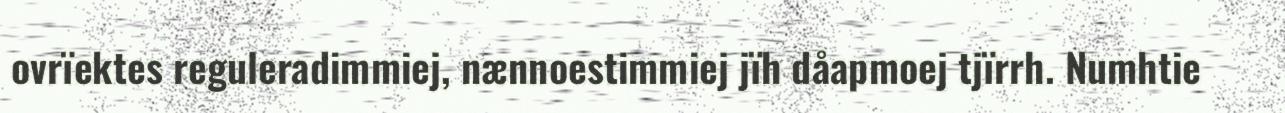
ovrïektes reguleradimmiej, nænnoestimmiej jïh dåapmoej tjïrrh. Numhtie